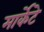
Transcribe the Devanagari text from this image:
मार्केटे